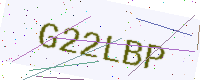
Text: G22LBP